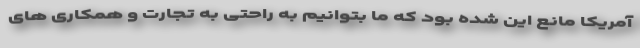
آمریکا مانع این شده بود که ما بتوانیم به راحتی به تجارت و همکاری های